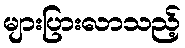
များပြားလာသည့်